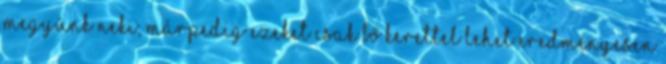
megyünk neki, márpedig ezeket csak bő kerettel lehet eredményesen